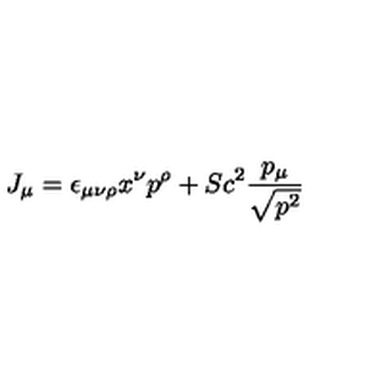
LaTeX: J _ { \mu } = \epsilon _ { \mu \nu \rho } x ^ { \nu } p ^ { \rho } + S c ^ { 2 } \frac { p _ { \mu } } { \sqrt { p ^ { 2 } } }